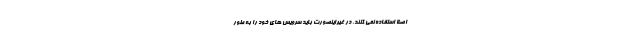
اصلاً استفاده نمی کنند. در غیراینصورت باید سرویس های خود را به طور